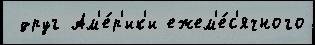
 друг Ам'е́р'ик'и ежем'е́с'ячного